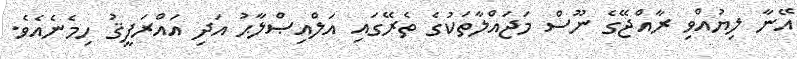
އޭނާ ލިޔުއްވި ރާއްޖޭގެ ނޫސް މަޖައްލާތަކުގެ ތެރޭގައި އަލްއިޞްލާޙު އަދި އައްރަފީޤު ހިމެނެއެވެ.